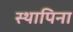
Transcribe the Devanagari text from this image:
स्थापिना